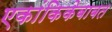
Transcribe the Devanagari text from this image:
एकांकिकेबाबत